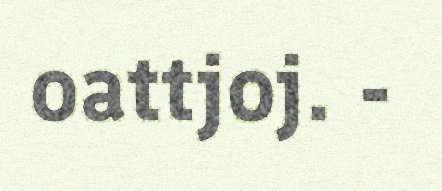
oattjoj. -